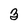
Character: 3